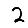
Digit: 2